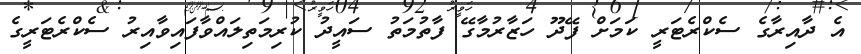
އެ ދާއިރާގެ ސެކްރެޓަރީ ކަމަށް ފޭދޫ ހަޒާރުމާގޭ ފާތުމަތު ސައީދު ކުރިމަތިލައްވާފައިވާއިރު ސެކްރެޓަރީގެ